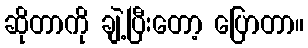
ဆိုတာကို ချဲ့ပြီးတော့ ပြောတာ။